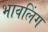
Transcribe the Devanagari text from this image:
भावलिंग